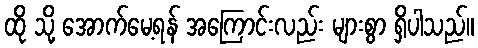
ထို သို့ အောက်မေ့ရန် အကြောင်းလည်း များစွာ ရှိပါသည်။